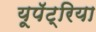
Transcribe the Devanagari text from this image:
यूपॅट्रिया